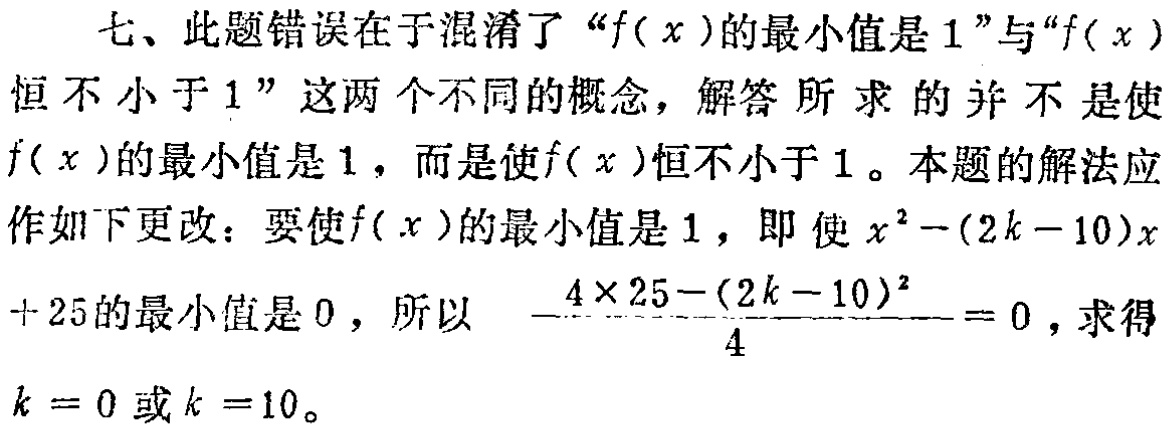
七、此题错误在于混淆了“\(f(x)\)的最小值是\(1\)”与“\(f(x)\)恒不小于\(1\)”这两个不同的概念，解答所求的并不是使\(f(x)\)的最小值是\(1\)，而是使\(f(x)\)恒不小于\(1\)。本题的解法应作如下更改：要使\(f(x)\)的最小值是\(1\)，即使\(x^{2}-(2k - 10)x + 25\)的最小值是\(0\)，所以 \(-\frac{4\times 25-(2k - 10)^{2}}{4}=0\)，求得\(k = 0\)或\(k = 10\)。